画像に写った文字を読んでください
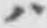
「ハ」と書いてあります